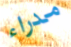
مدراء